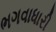
ભગવાધારી